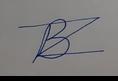
Signature authenticity: forged